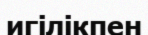
игілікпен